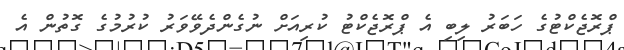
ޕްރޮޖެކްޓުގެ ހަބަރު ލިބި އެ ޕްރޮޖެކްޓު ކުރިއަށް ނުގެންދެވޭވަރު ކުރުމުގެ ގޮތުން އެ